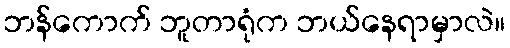
ဘန်ကောက် ဘူတာရုံက ဘယ်နေရာမှာလဲ။